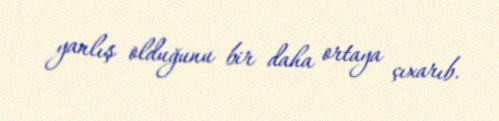
yanlış olduğunu bir daha ortaya çıxarıb.